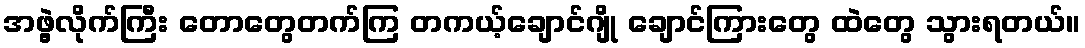
အဖွဲ့လိုက်ကြီး တောတွေတက်ကြ တကယ့်ချောင်ဂျို ချောင်ကြားတွေ ထဲတွေ သွားရတယ်။